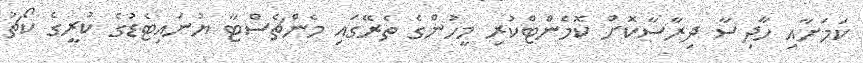
ކަމަށާއި ހާދިސާ ދިރާސާކޮށް ކޮމެންޓްކުރި މީހުންގެ ތެރޭގައި މެންޗެސްޓާ ޔުނައިޓެޑުގެ ކުރީގެ ކޯޗު